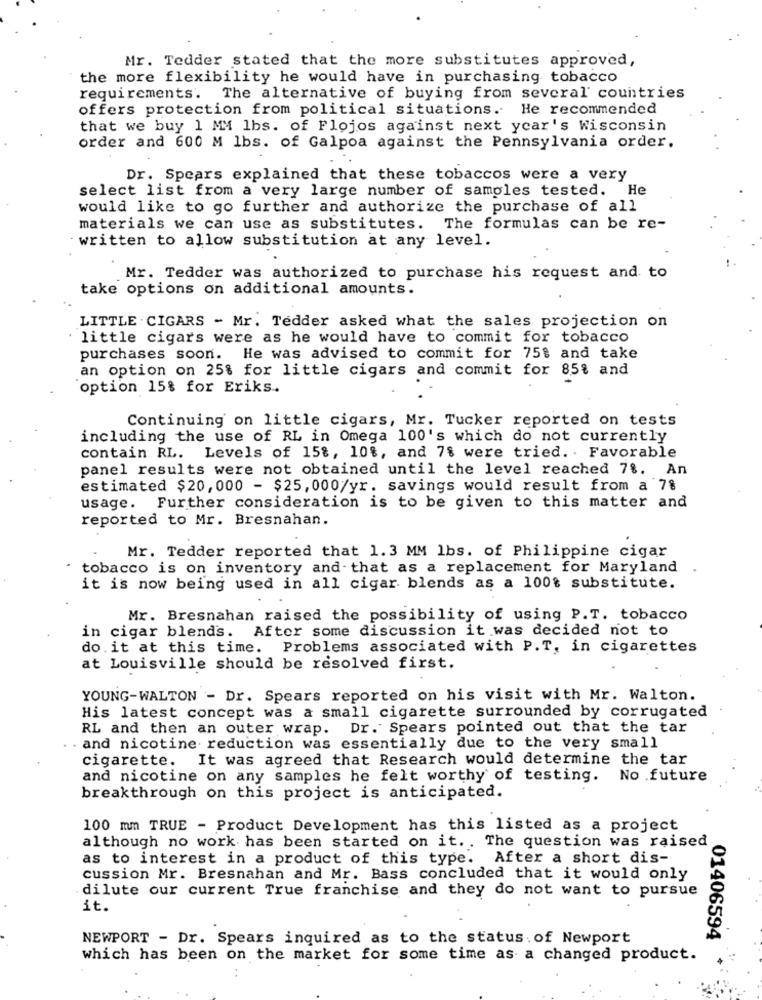
Mr. Tedder stated that the more substitutes approved,
the more flexibility he would have in purchasing tobacco
requirements. The alternative of buying from several countries
offers protection from political situations. He recommended
that we buy 1 MM lbs. of Flojos against next year's Wisconsin
order and 600 M lbs. of Galpoa against the Pennsylvania order.
Dr. Spears explained that these tobaccos were a very
select list from a very large number of samples tested. He
would like to go further and authorize the purchase of all
materials we can use as substitutes. The formulas can be re-
written to allow substitution at any level.
Mr. Tedder was authorized to purchase his request and to
take options on additional amounts.
LITTLE - CIGARS - Mr. Tedder asked what the sales projection on
little cigars were as he would have to commit for tobacco
purchases soon. He was advised to commit for 75% and take
an option on 25% for little cigars and commit for 85% and
option 15% for Eriks.
Continuing on little cigars, Mr. Tucker reported on tests
including the use of RL in Omega 100's which do not currently
contain RL. Levels of 15%, 10%, and 7% were tried. . Favorable
panel results were not obtained until the level reached 7%. An
estimated $20, 000 - $25, 000/yr. savings would result from a 7%
usage. Further consideration is to be given to this matter and
reported to Mr. Bresnahan.
Mr. Tedder reported that 1.3 MM lbs. of Philippine cigar
tobacco is on inventory and that as a replacement for Maryland
it is now being used in all cigar blends as a 100% substitute.
Mr. Bresnahan raised the possibility of using P.T. tobacco
After some discussion it was decided not to
in cigar blends.
do.it at this time. Problems associated with P.T, in cigarettes
at Louisville should be resolved first.
YOUNG-WALTON - Dr. Spears reported on his visit with Mr. Walton.
His latest concept was a small cigarette surrounded by corrugated
RL and then an outer wrap. Dr. Spears pointed out that the tar
. and nicotine reduction was essentially due to the very small
cigarette. It was agreed that Research would determine the tar
and nicotine on any samples he felt worthy of testing. No future
breakthrough on this project is anticipated.
100 mm TRUE - Product Development has this listed as a project
although no work has been started on it. . The question was raised
as to interest in a product of this type. After a short dis-
cussion Mr. Bresnahan and Mr. Bass concluded that it would only
dilute our current True franchise and they do not want to pursue
it.
NEWPORT - Dr. Spears inquired as to the status. of Newport
01406594
which has been on the market for some time as a changed product.